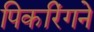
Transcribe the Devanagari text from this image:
पिकरिंगने